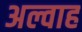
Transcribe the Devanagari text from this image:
अल्वाह